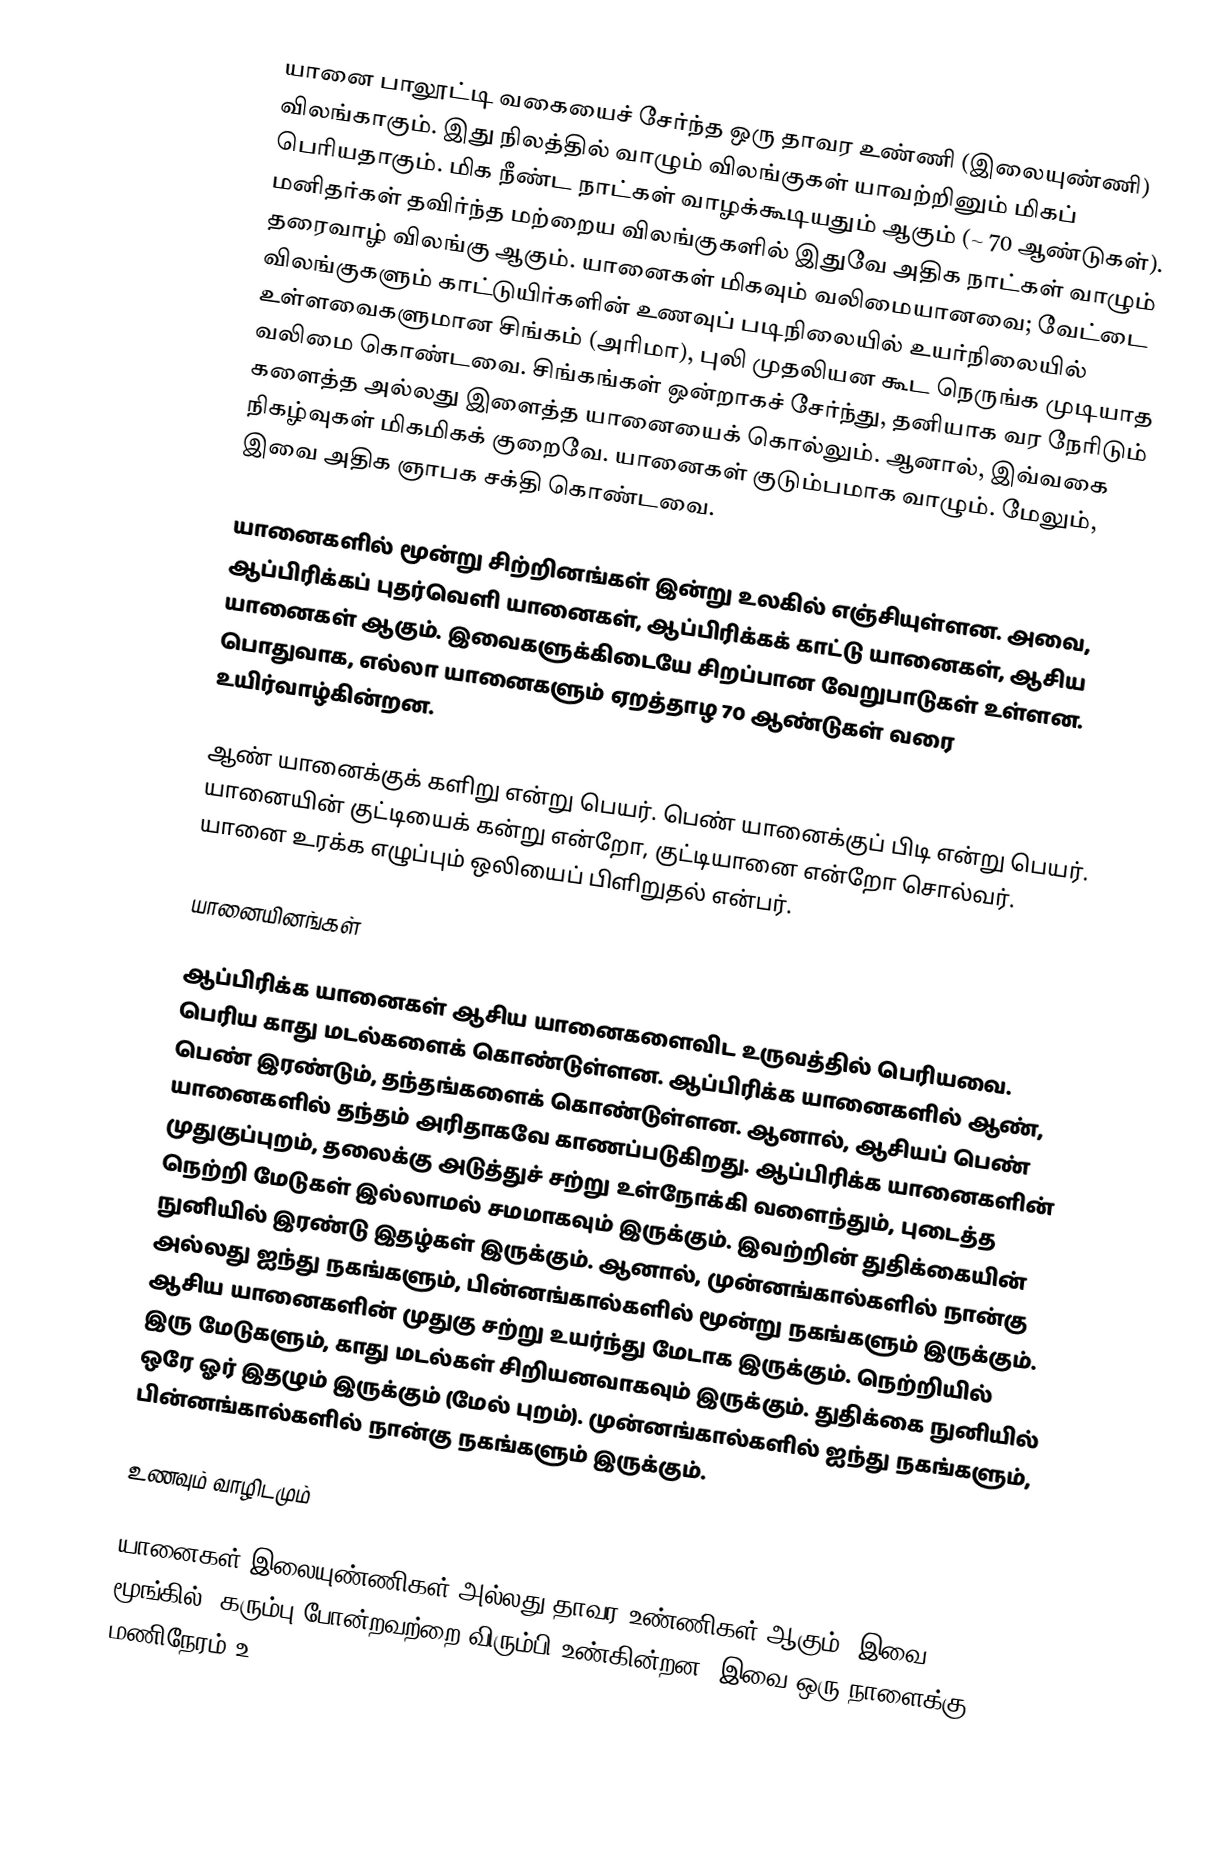
யானை பாலூட்டி வகையைச் சேர்ந்த ஒரு தாவர உண்ணி (இலையுண்ணி) விலங்காகும். இது நிலத்தில் வாழும் விலங்குகள் யாவற்றினும் மிகப் பெரியதாகும். மிக நீண்ட நாட்கள் வாழக்கூடியதும் ஆகும் (~ 70 ஆண்டுகள்).  மனிதர்கள் தவிர்ந்த மற்றைய விலங்குகளில் இதுவே அதிக நாட்கள் வாழும் தரைவாழ் விலங்கு ஆகும். யானைகள் மிகவும் வலிமையானவை; வேட்டை விலங்குகளும் காட்டுயிர்களின் உணவுப் படிநிலையில் உயர்நிலையில் உள்ளவைகளுமான சிங்கம் (அரிமா), புலி முதலியன கூட நெருங்க முடியாத வலிமை கொண்டவை. சிங்கங்கள் ஒன்றாகச் சேர்ந்து, தனியாக வர நேரிடும் களைத்த அல்லது இளைத்த யானையைக் கொல்லும். ஆனால், இவ்வகை நிகழ்வுகள் மிகமிகக் குறைவே. யானைகள் குடும்பமாக வாழும். மேலும், இவை அதிக ஞாபக சக்தி கொண்டவை.

யானைகளில் மூன்று சிற்றினங்கள் இன்று உலகில் எஞ்சியுள்ளன. அவை, ஆப்பிரிக்கப் புதர்வெளி யானைகள், ஆப்பிரிக்கக் காட்டு யானைகள், ஆசிய யானைகள் ஆகும். இவைகளுக்கிடையே சிறப்பான வேறுபாடுகள் உள்ளன. பொதுவாக, எல்லா யானைகளும் ஏறத்தாழ 70 ஆண்டுகள் வரை உயிர்வாழ்கின்றன.

ஆண் யானைக்குக் களிறு என்று பெயர். பெண் யானைக்குப் பிடி என்று பெயர். யானையின் குட்டியைக் கன்று என்றோ, குட்டியானை என்றோ சொல்வர். யானை உரக்க எழுப்பும் ஒலியைப் பிளிறுதல் என்பர்.

யானையினங்கள்

ஆப்பிரிக்க யானைகள் ஆசிய யானைகளைவிட உருவத்தில் பெரியவை. பெரிய காது மடல்களைக் கொண்டுள்ளன. ஆப்பிரிக்க யானைகளில் ஆண், பெண் இரண்டும், தந்தங்களைக் கொண்டுள்ளன. ஆனால், ஆசியப் பெண் யானைகளில் தந்தம் அரிதாகவே காணப்படுகிறது. ஆப்பிரிக்க யானைகளின் முதுகுப்புறம், தலைக்கு அடுத்துச் சற்று உள்நோக்கி வளைந்தும், புடைத்த நெற்றி மேடுகள் இல்லாமல் சமமாகவும் இருக்கும். இவற்றின் துதிக்கையின் நுனியில் இரண்டு இதழ்கள் இருக்கும். ஆனால், முன்னங்கால்களில் நான்கு அல்லது ஐந்து நகங்களும், பின்னங்கால்களில் மூன்று நகங்களும் இருக்கும். ஆசிய யானைகளின் முதுகு சற்று உயர்ந்து மேடாக இருக்கும். நெற்றியில் இரு மேடுகளும், காது மடல்கள் சிறியனவாகவும் இருக்கும். துதிக்கை நுனியில் ஒரே ஓர் இதழும் இருக்கும் (மேல் புறம்). முன்னங்கால்களில் ஐந்து நகங்களும், பின்னங்கால்களில் நான்கு நகங்களும் இருக்கும்.

உணவும் வாழிடமும்

யானைகள் இலையுண்ணிகள் அல்லது தாவர உண்ணிகள் ஆகும். இவை மூங்கில், கரும்பு போன்றவற்றை விரும்பி உண்கின்றன. இவை ஒரு நாளைக்கு 16 மணிநேரம் உ